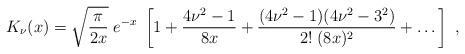
LaTeX: \begin{align*}K_{\nu} (x) = \sqrt{\pi \over 2x} \; e^{-x}\;\left[1+{4\nu^2-1\over 8x}+ {(4\nu^2-1)(4\nu^2-3^2)\over 2!\;(8x)^2}+\dots\right]\;,\end{align*}